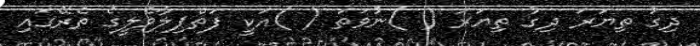
ދިގު ތިޔަރަ ދިގު ތިޔަރަ ( )ނުވަތަ ( )އަކީ ފަތްޕިލާވެލީގެ ތެރޭގައި